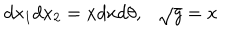
d x _ { 1 } d x _ { 2 } = x d x d \theta , \ \ \ \sqrt { g } = x